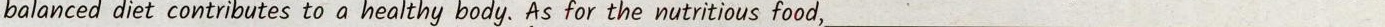
balanced diet contributes to a healthy body. As for the nutritious food ___